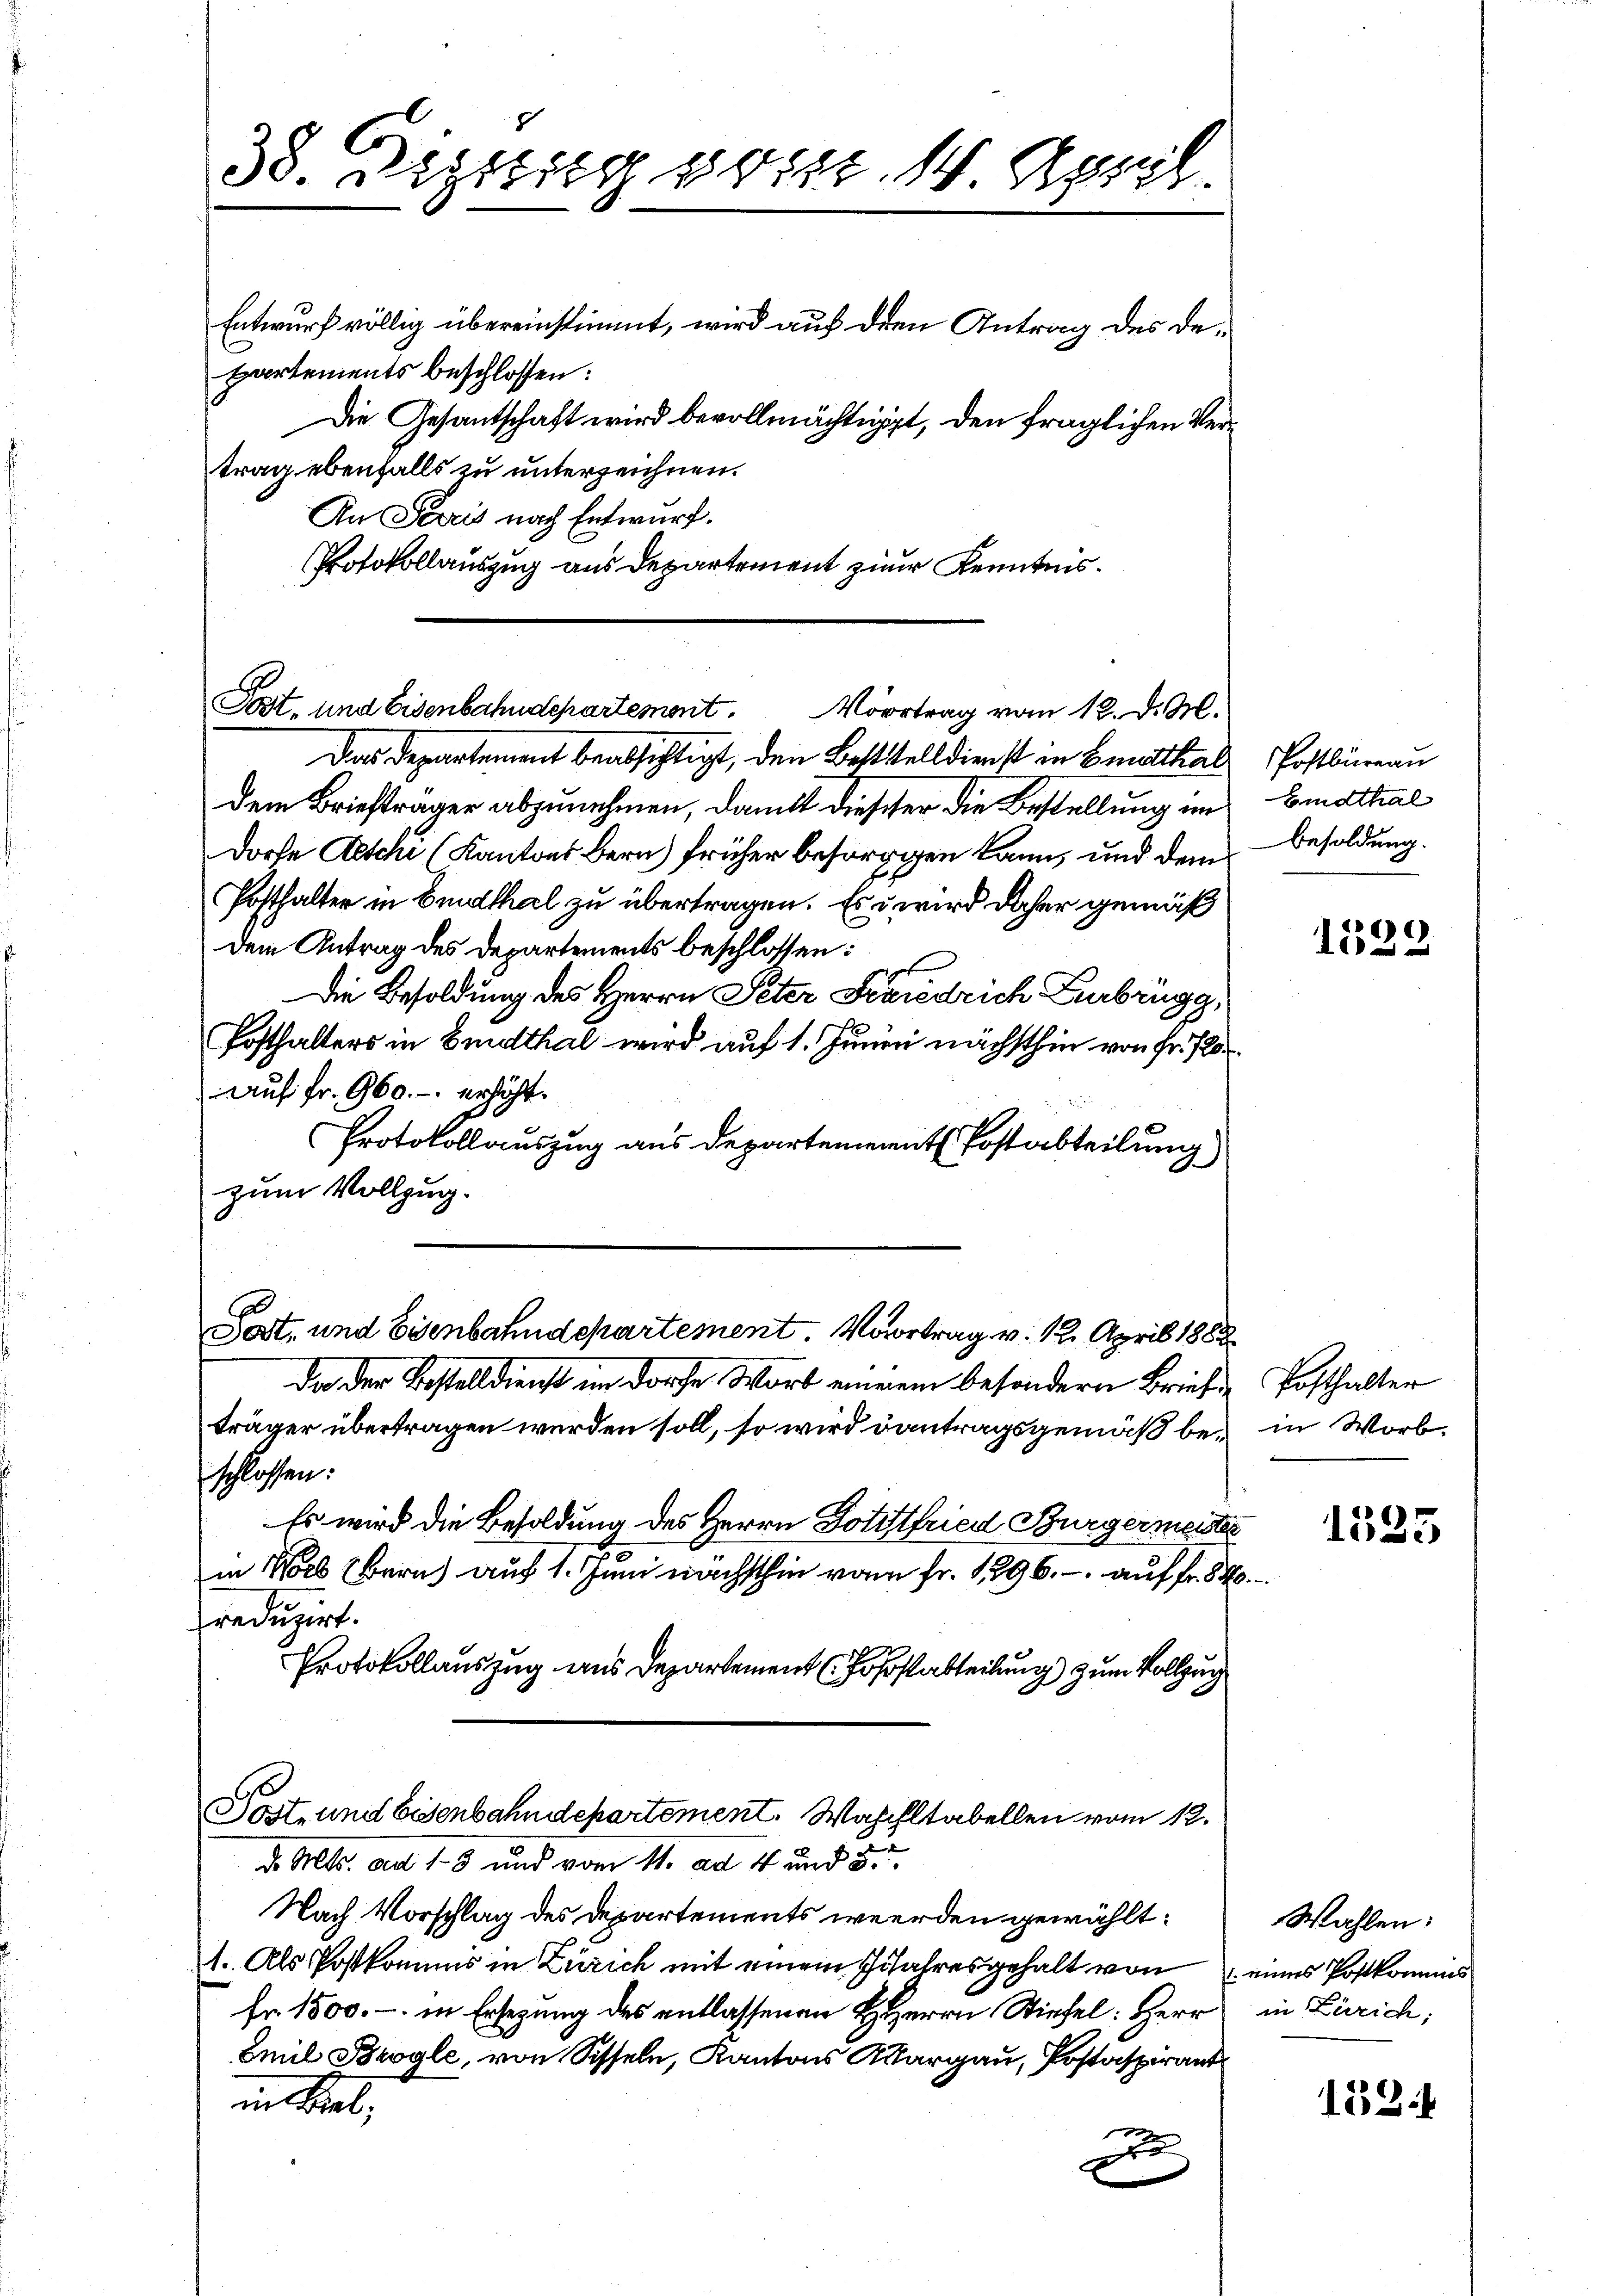
Protokollauszug aus Departement zum Kenntnis.

38. Deztilypt. 14 April
Entwurf völlig übereinstimmt, wird auf den Antrag des Departements beschlossen:
Die Gesantschaft wird bevollmächtigt, den fraglichen Vertrag ebenfalls zu unterzeichnen.
An Streis nach Entwurf.

Post, und Eisenbahndepartement.
Moortrag vom 12. d. M.

Das Departement beabsichtigt, den Boststelldienst in Gutthadem Briefträger abzunehmen, damit dieser die Bestellung im
Doche Aesche (Kantons Bern früher besorgen kann, und dem
Posthalter in Erdthal zu übertragen. Es wird daher gemäß
dem Antrag des Departements beschlossen:
Die Besoldung des Herrn Peter Friedrich Zurbrugg,
Posthalters in Erdthal wird auf 1. Juni nächsthin von Fr. 7.
Auf Fr. 960.- erhöht.
Protokollauszug aus Departement Postabteilung
zum Vollzug.
Post, und Eisenbahndepartement. Vortrag v. 12. April 188
Da der Bestelldienst im Dorfe Wort einem besondern Brief
träger übertragen werden soll, so wird dantragsgemäß beschlossen:
Es wird die Besoldung des Herrn Dotitfried Burgermeist
in Worb (Bern auf 1. Juni nächsthin vom Fr. 1896. - auf fr. 5
reduzirt.
Protokollauszug aus Departement (Foßstabteilung zum Vollzug
Post- und Eisenbahndepartement. Wahrhltabellen vom 12.
d. Mts. ad 1-3 und vom 11. ad 4 und 5.
Nach Vorschlag des Departements werden gewählt:
1. Als Postkomms in Zürich mit einem Jofahres gehalt von
Fr. 1500.- in Ersetzung des entlassenen HHerrn Stiefel: Herr
Emil Brogle, von Schseln, Kantons Aargau, Postaspirant
inthal,
A

Postbüreau
Eidthal
Besoldung.

.

1539

s
Posthalter
in Worb.

1335

Wahlen:
 eines Postkomms
in Zürich:

1534